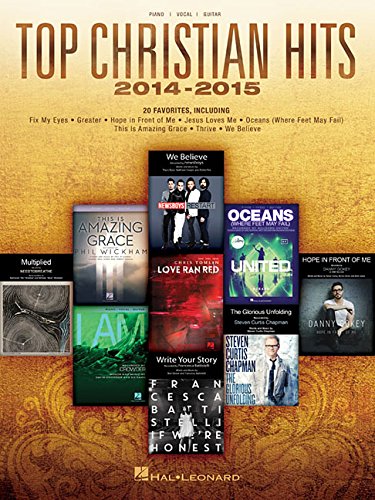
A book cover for Top Christian Hits 2014-2015; Hal Leonard Corp.; Christian Books & Bibles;